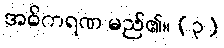
အဓိကရဏ မည်၏။ (၃)